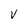
Character: V